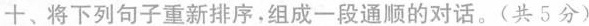
十、将下列句子重新排序,组成一段通顺的对话.(共 5分)